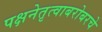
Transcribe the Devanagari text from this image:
पक्षनेतृत्वाबरोबरचे